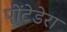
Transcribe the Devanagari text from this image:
पोंटेडेरा